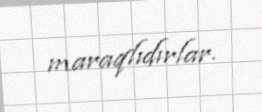
maraqlıdırlar.